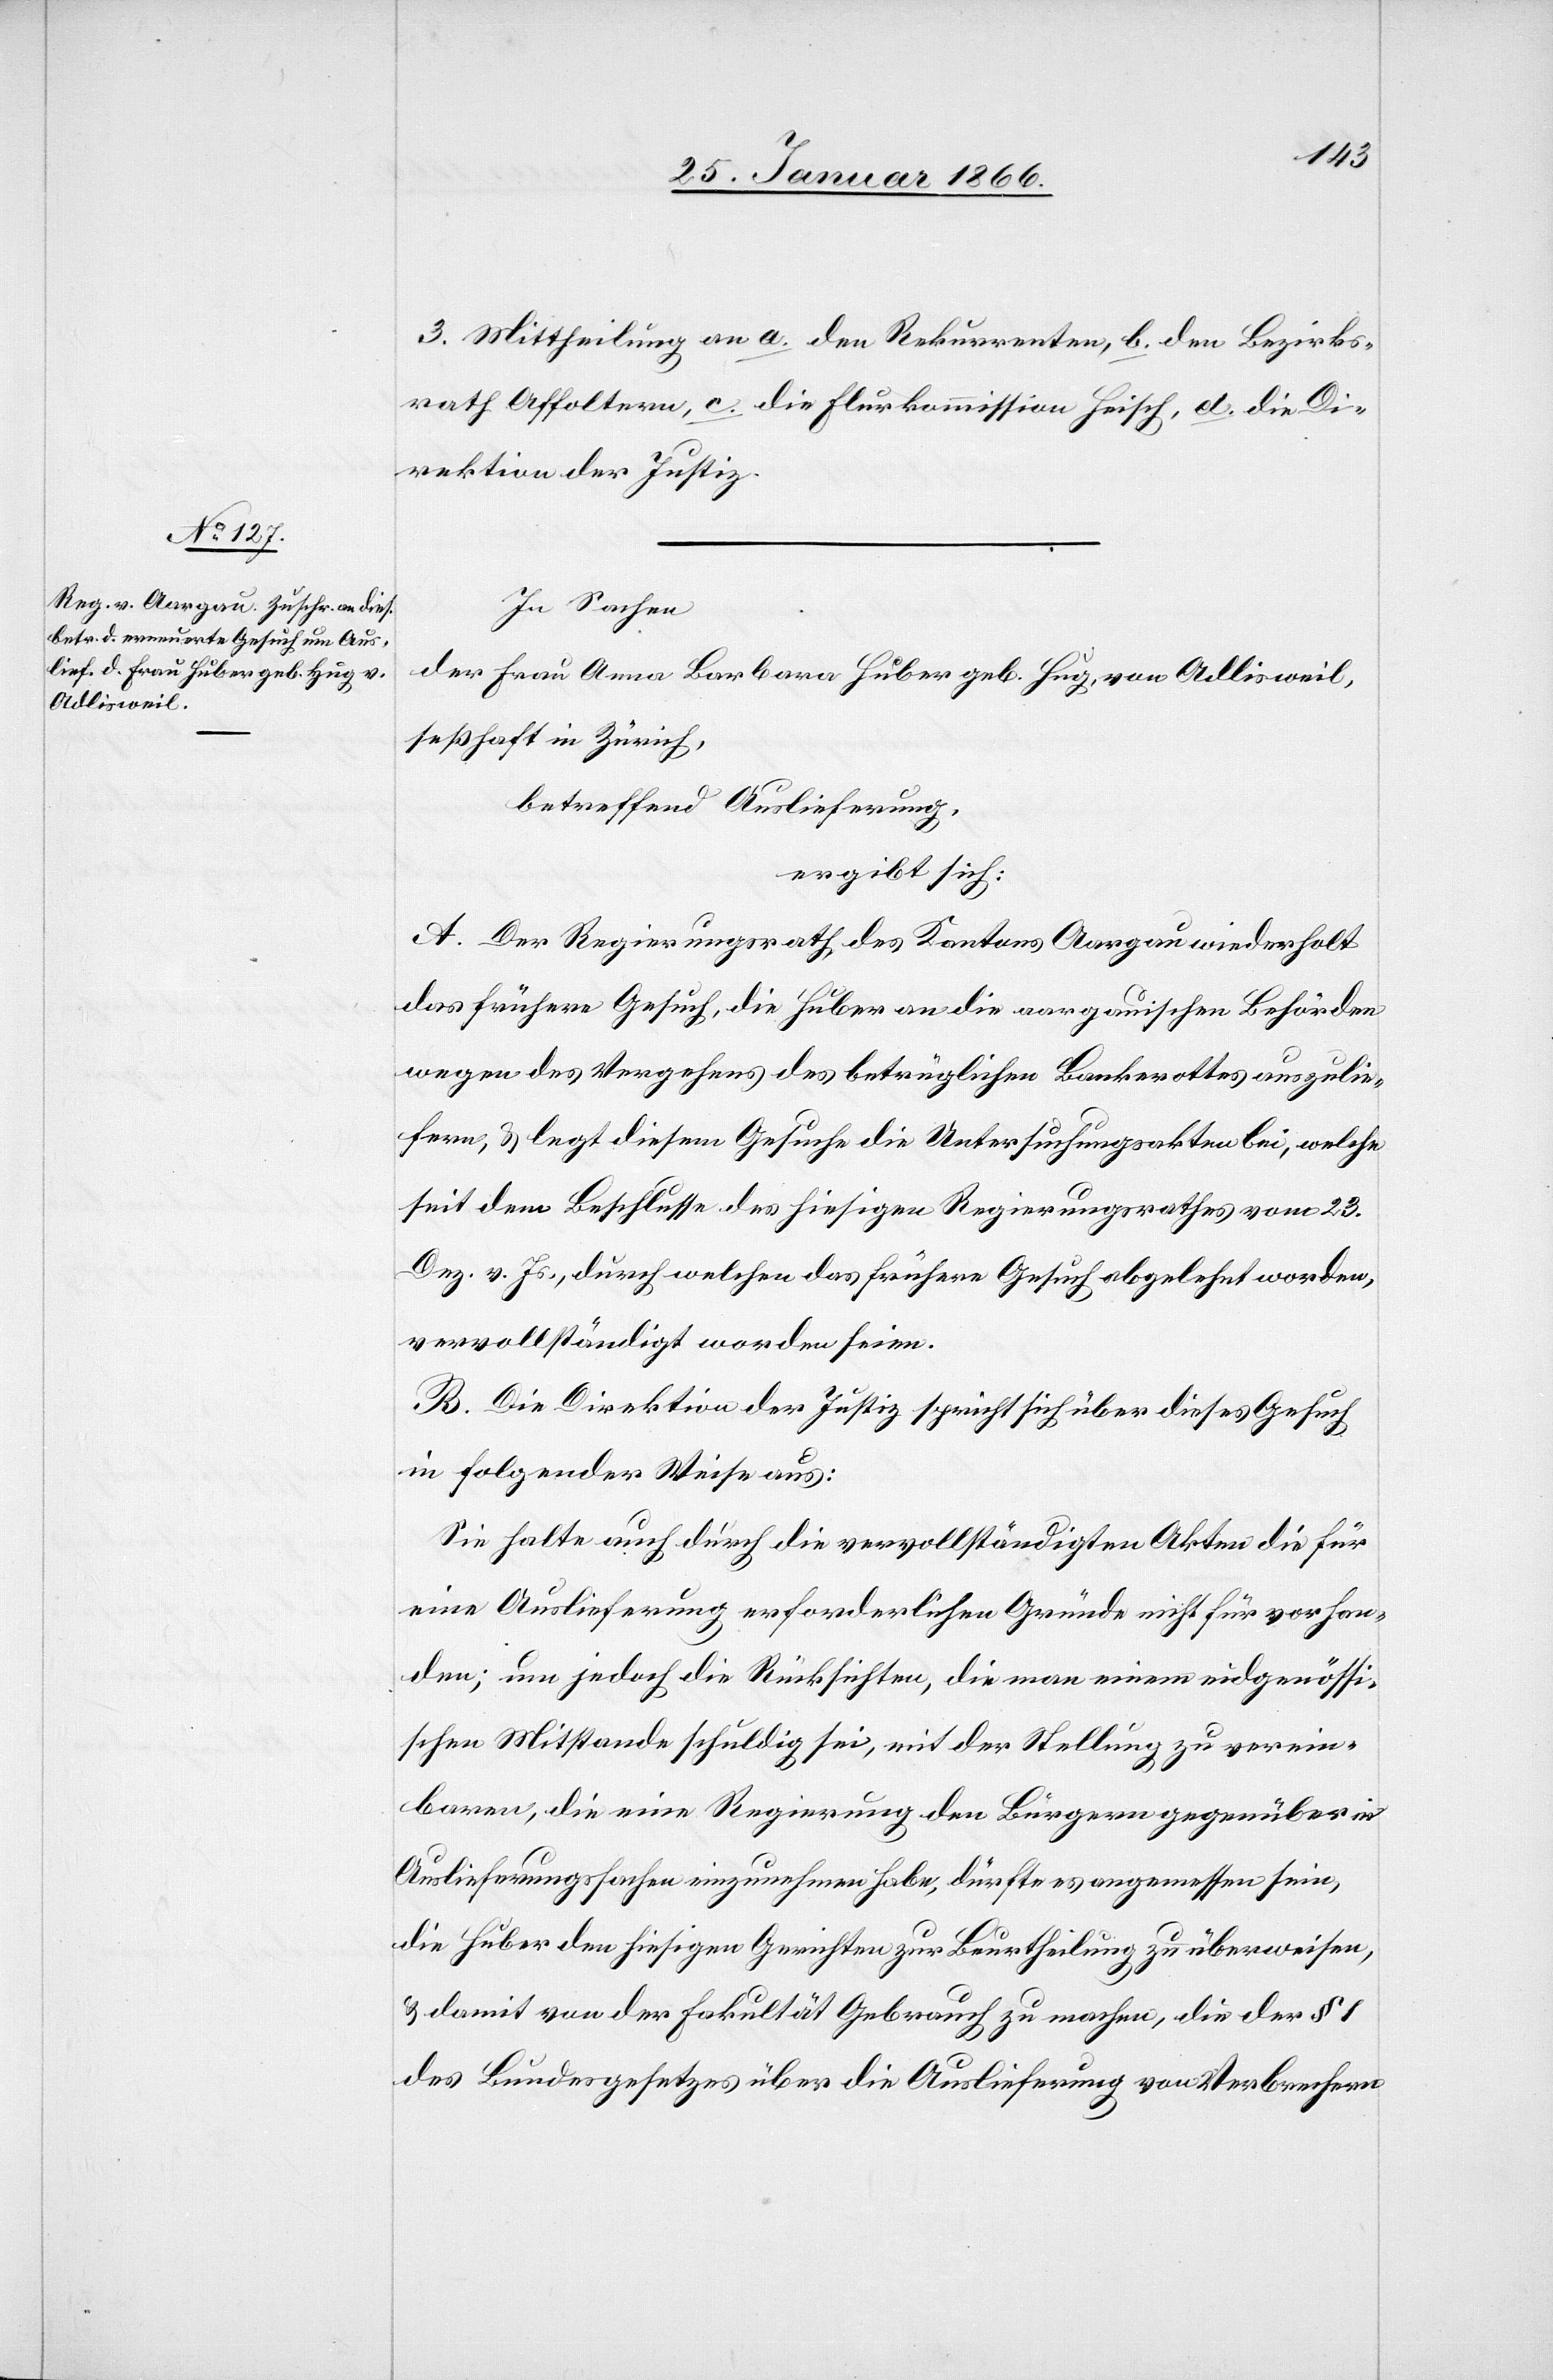
3. Mittheilung an a. den Rekurrenten, b. den Bezirks¬
rath Affoltern, c. die Flurkommission Heisch, d. die Di¬
rektion der Justiz.
In Sachen
der Frau Anna Barbara Huber geb. Hug, von Adlisweil,
seßhaft in Zürich,
betreffend Auslieferung,
ergibt sich:
A. Der Regierungsrath des Kantons Aargau wiederholt
das frühere Gesuch, die Huber an die aargauischen Behörden
wegen des Vergehens des betrüglichen Bankrottes auszulie¬
fern, u. legt diesem Gesuche die Untersuchungsakten bei, welche
seit dem Beschlusse des hiesigen Regierungsrathes vom 23.
Dez. v. Js., durch welchen das frühere Gesuch abgelehnt worden,
vervollständigt worden seien.
B. Die Direktion der Justiz spricht sich über dieses Gesuch
in folgender Weise aus:
Sie halte auch durch die vervollständigten Akten die für
eine Auslieferung erforderlichen Gründe nicht für vorhan¬
den; um jedoch die Rücksichten, die man einem eidgenössi¬
schen Mitstande schuldig sei, mit der Stellung zu verein¬
baren, die eine Regierung den Bürgern gegenüber in
Auslieferungssachen einzunehmen habe, dürfte es angemessen sein,
die Huber den hiesigen Gerichten zur Beurtheilung zu überweisen,
u. damit von der Fakultät Gebrauch zu machen, die der § 1
des Bundesgesetzes über die Auslieferung von Verbrechern